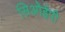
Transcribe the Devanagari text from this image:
सिओईपी